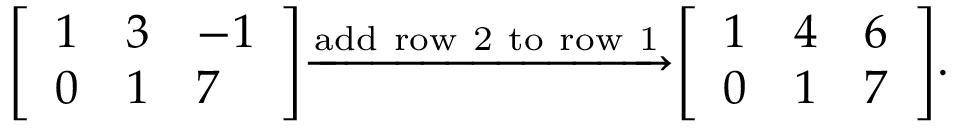
{ \left[ \begin{array} { l l l } { 1 } & { 3 } & { - 1 } \\ { 0 } & { 1 } & { 7 } \end{array} \right] } { \xrightarrow { \mathrm { a d d ~ r o w ~ 2 ~ t o ~ r o w ~ 1 } } } { \left[ \begin{array} { l l l } { 1 } & { 4 } & { 6 } \\ { 0 } & { 1 } & { 7 } \end{array} \right] } .